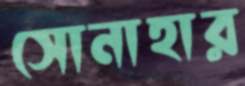
সোনাহার